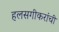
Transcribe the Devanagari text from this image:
हलसगीकरांची